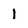
Character: 1